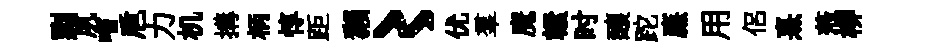
剽夙嗜巵力机搆柄惇距獺〻优羣魔轘时釀跎㢘用侣熹蒞柳